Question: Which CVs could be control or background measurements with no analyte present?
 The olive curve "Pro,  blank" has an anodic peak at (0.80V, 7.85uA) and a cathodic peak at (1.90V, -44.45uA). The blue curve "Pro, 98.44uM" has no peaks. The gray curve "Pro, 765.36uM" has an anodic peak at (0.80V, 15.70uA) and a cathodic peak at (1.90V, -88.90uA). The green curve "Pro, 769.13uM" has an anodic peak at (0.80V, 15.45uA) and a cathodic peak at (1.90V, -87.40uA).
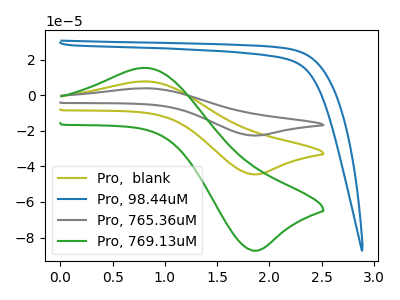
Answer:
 <answer>"Pro, 98.44uM" is likely to be a blank.</answer>
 <eval>Pro, 98.44uM</eval>